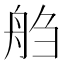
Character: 𰰌